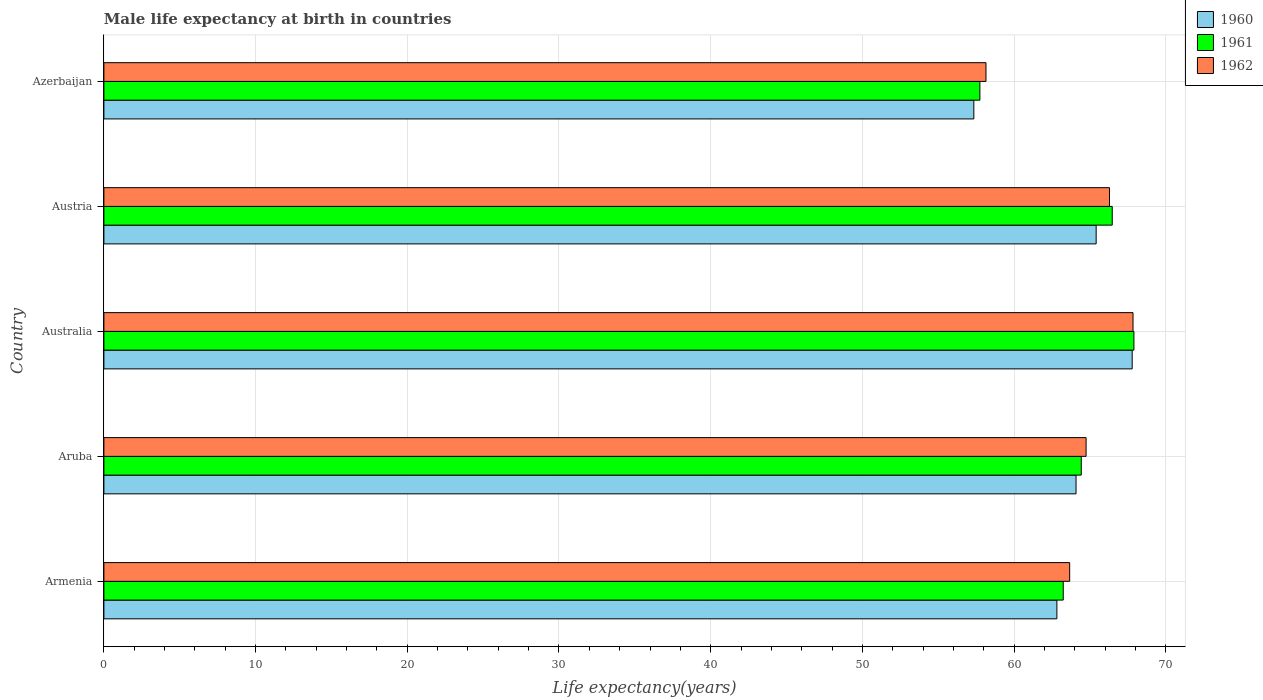
| Country | 1960 | 1961 | 1962 |
 | --- | --- | --- | --- |
 | Armenia | 62.8 | 63.2 | 63.7 |
 | Aruba | 64.1 | 64.4 | 64.7 |
 | Australia | 67.8 | 67.9 | 67.8 |
 | Austria | 65.4 | 66.5 | 66.3 |
 | Azerbaijan | 57.3 | 57.7 | 58.1 |